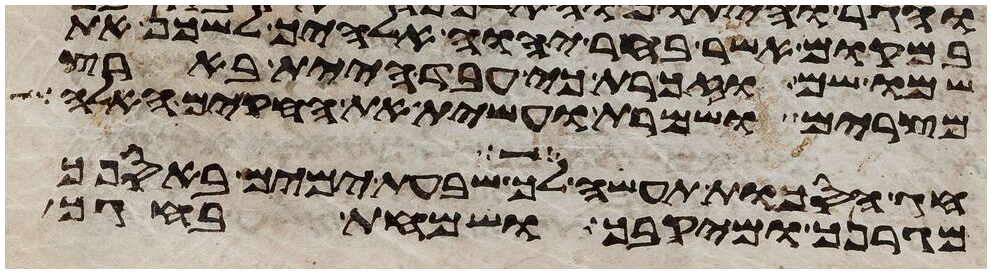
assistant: במקום אשר בחר יהוה אלהיך לשכן את
שמו שם וזכרת כי עבד היית בארץ
מצרים ושמרת ועשית את החקים האלה
חג הסכות תעשה לך שבעת ימים באספך
מגרנך ומיקבך ושמחת בחגך